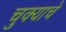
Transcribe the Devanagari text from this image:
चुक्याचे